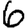
Digit: 6